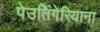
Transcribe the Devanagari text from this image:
पेउतिंगेरियाना